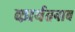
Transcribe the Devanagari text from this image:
कार्यतनाव